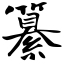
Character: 纂